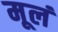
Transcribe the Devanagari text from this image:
मूलं